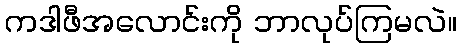
ကဒါဖီအလောင်းကို ဘာလုပ်ကြမလဲ။